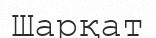
Шарқат